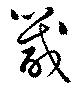
箴